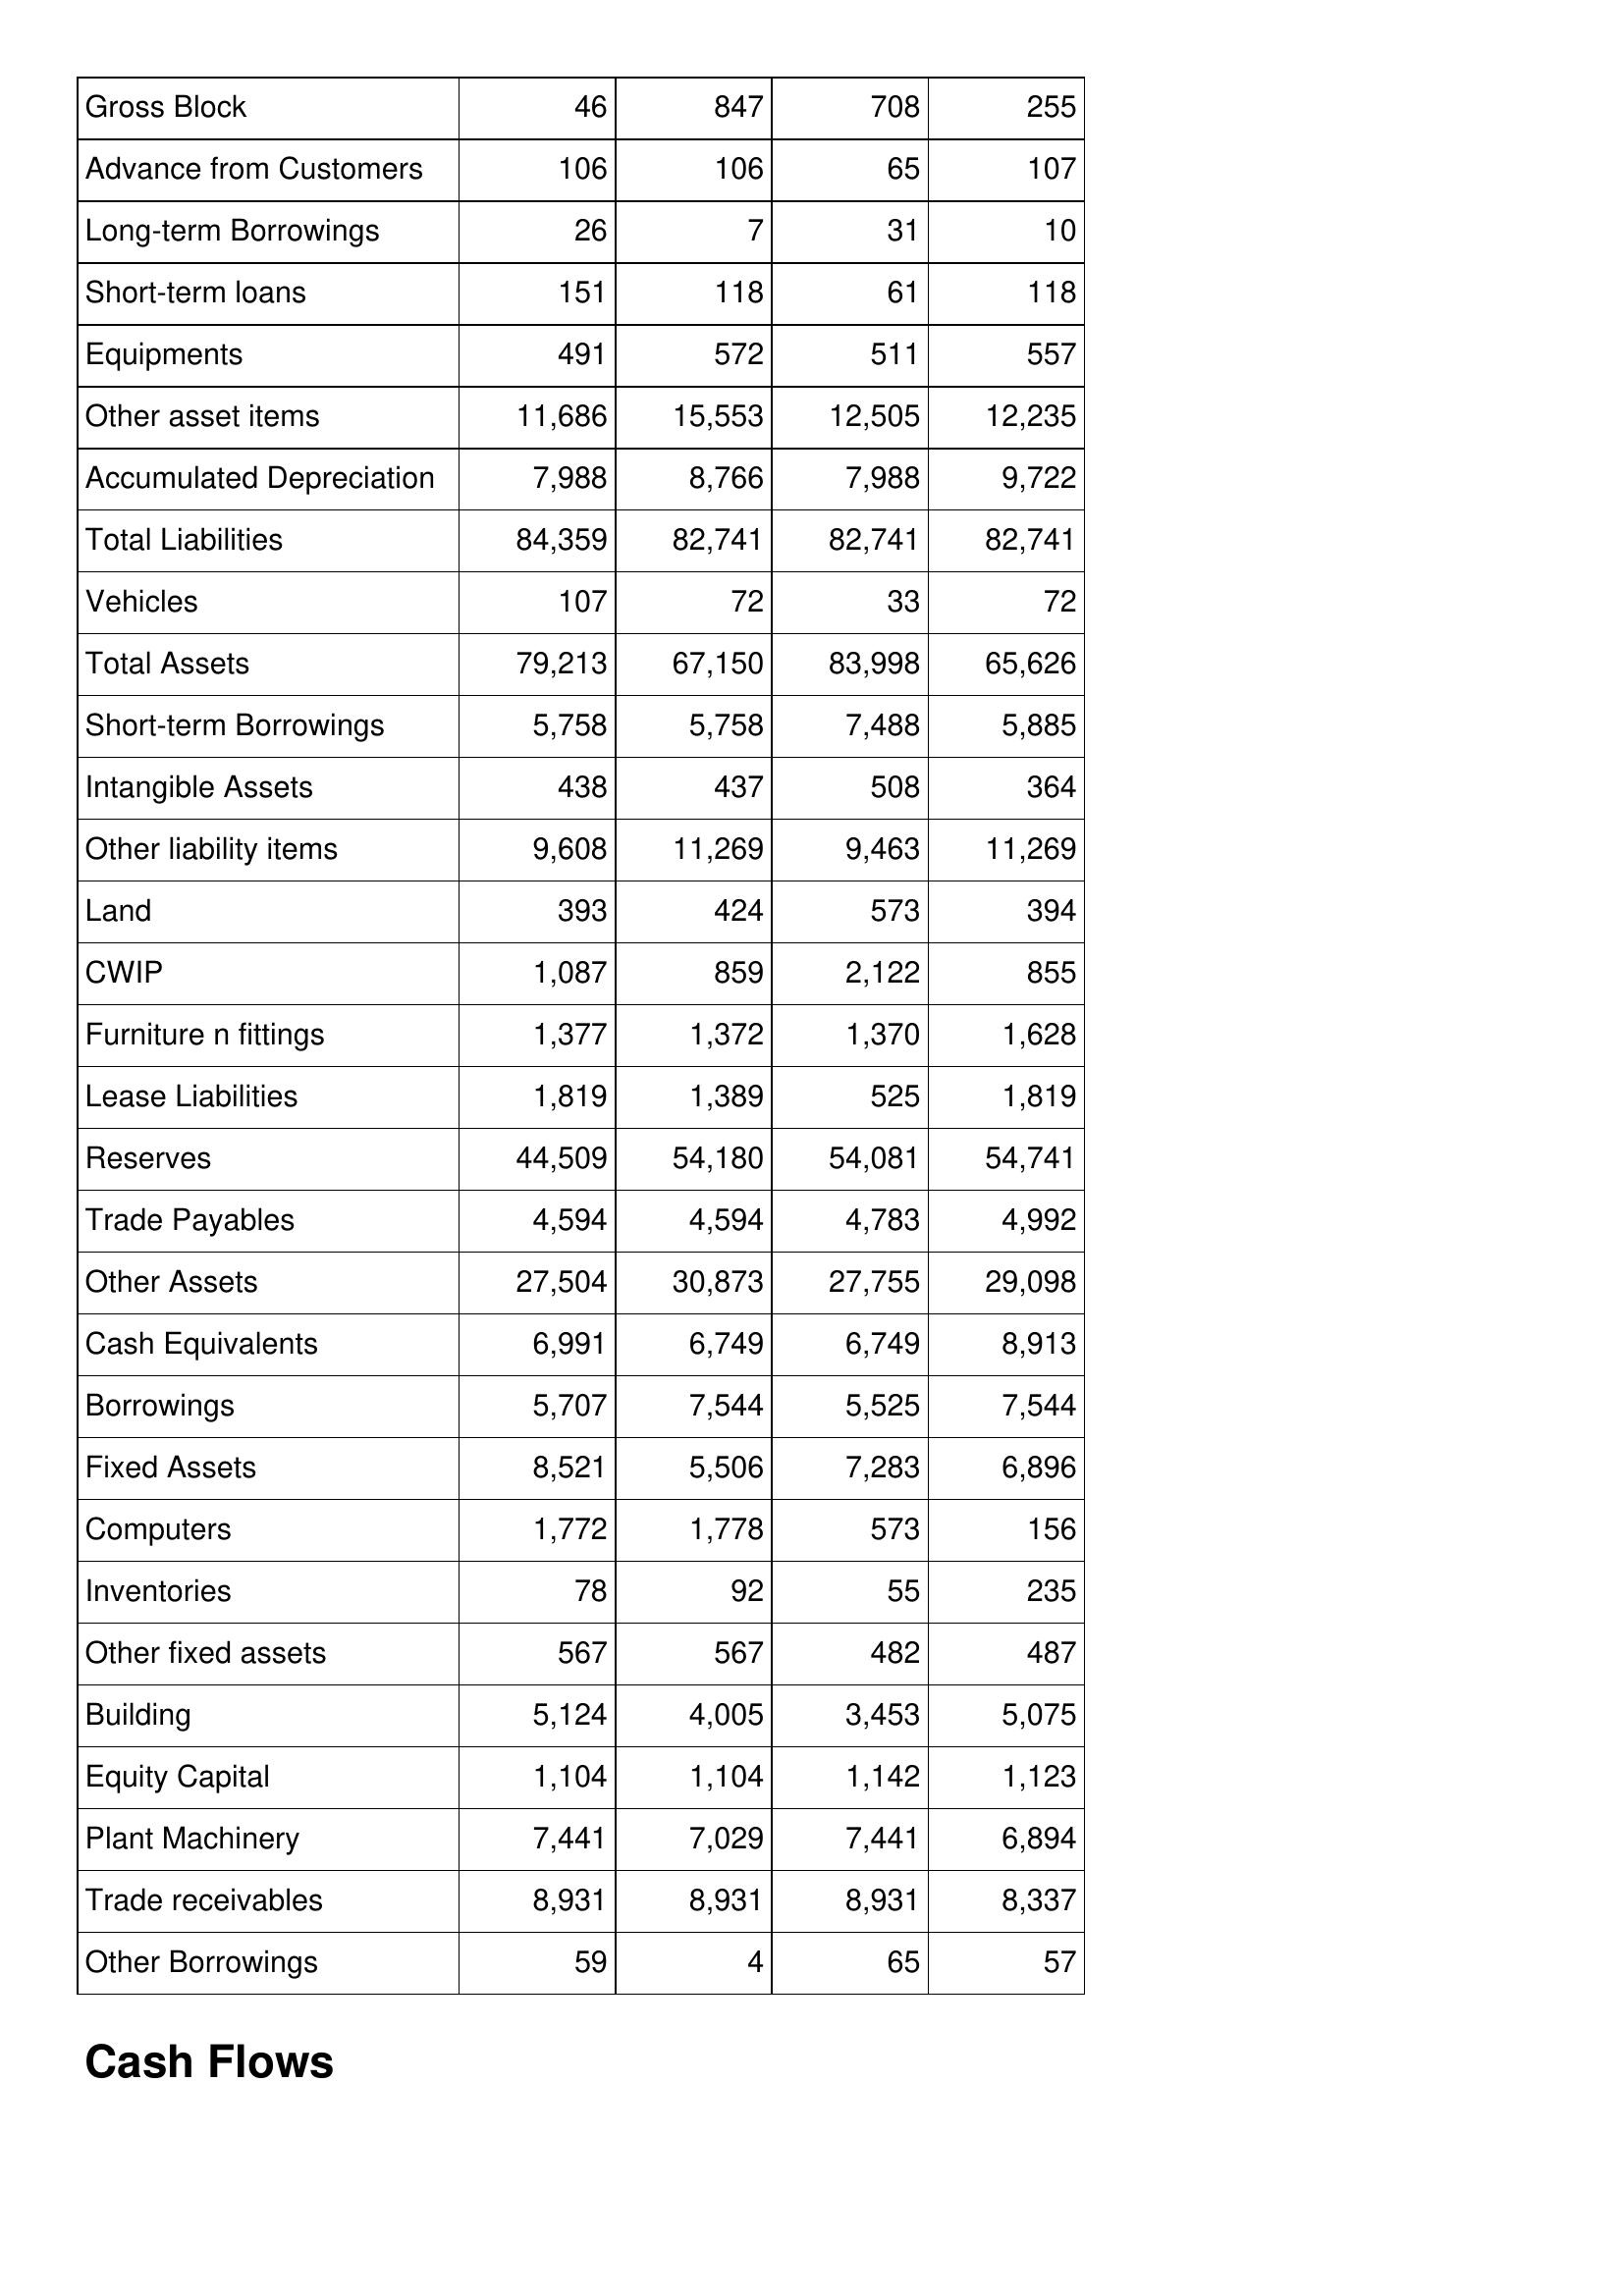
Apr-09: Balance Sheet: Gross Block: 46
Advance from Customers: 106
Long-term Borrowings: 26
Short-term loans: 151
Equipments: 491
Other asset items: 11,686
Accumulated Depreciation: 7,988
Total Liabilities: 84,359
Vehicles: 107
Total Assets: 79,213
Short-term Borrowings: 5,758
Intangible Assets: 438
Other liability items: 9,608
Land: 393
CWIP: 1,087
Furniture n fittings: 1,377
Lease Liabilities: 1,819
Reserves: 44,509
Trade Payables: 4,594
Other Assets: 27,504
Cash Equivalents: 6,991
Borrowings: 5,707
Fixed Assets: 8,521
Computers: 1,772
Inventories: 78
Other fixed assets: 567
Building: 5,124
Equity Capital: 1,104
Plant Machinery: 7,441
Trade receivables: 8,931
Other Borrowings: 59
Apr-08: Balance Sheet: Gross Block: 847
Advance from Customers: 106
Long-term Borrowings: 7
Short-term loans: 118
Equipments: 572
Other asset items: 15,553
Accumulated Depreciation: 8,766
Total Liabilities: 82,741
Vehicles: 72
Total Assets: 67,150
Short-term Borrowings: 5,758
Intangible Assets: 437
Other liability items: 11,269
Land: 424
CWIP: 859
Furniture n fittings: 1,372
Lease Liabilities: 1,389
Reserves: 54,180
Trade Payables: 4,594
Other Assets: 30,873
Cash Equivalents: 6,749
Borrowings: 7,544
Fixed Assets: 5,506
Computers: 1,778
Inventories: 92
Other fixed assets: 567
Building: 4,005
Equity Capital: 1,104
Plant Machinery: 7,029
Trade receivables: 8,931
Other Borrowings: 4
Apr-07: Balance Sheet: Gross Block: 708
Advance from Customers: 65
Long-term Borrowings: 31
Short-term loans: 61
Equipments: 511
Other asset items: 12,505
Accumulated Depreciation: 7,988
Total Liabilities: 82,741
Vehicles: 33
Total Assets: 83,998
Short-term Borrowings: 7,488
Intangible Assets: 508
Other liability items: 9,463
Land: 573
CWIP: 2,122
Furniture n fittings: 1,370
Lease Liabilities: 525
Reserves: 54,081
Trade Payables: 4,783
Other Assets: 27,755
Cash Equivalents: 6,749
Borrowings: 5,525
Fixed Assets: 7,283
Computers: 573
Inventories: 55
Other fixed assets: 482
Building: 3,453
Equity Capital: 1,142
Plant Machinery: 7,441
Trade receivables: 8,931
Other Borrowings: 65
Apr-06: Balance Sheet: Gross Block: 255
Advance from Customers: 107
Long-term Borrowings: 10
Short-term loans: 118
Equipments: 557
Other asset items: 12,235
Accumulated Depreciation: 9,722
Total Liabilities: 82,741
Vehicles: 72
Total Assets: 65,626
Short-term Borrowings: 5,885
Intangible Assets: 364
Other liability items: 11,269
Land: 394
CWIP: 855
Furniture n fittings: 1,628
Lease Liabilities: 1,819
Reserves: 54,741
Trade Payables: 4,992
Other Assets: 29,098
Cash Equivalents: 8,913
Borrowings: 7,544
Fixed Assets: 6,896
Computers: 156
Inventories: 235
Other fixed assets: 487
Building: 5,075
Equity Capital: 1,123
Plant Machinery: 6,894
Trade receivables: 8,337
Other Borrowings: 57